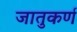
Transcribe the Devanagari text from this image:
जातुकर्ण